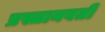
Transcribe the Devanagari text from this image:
प्रस्तानवती